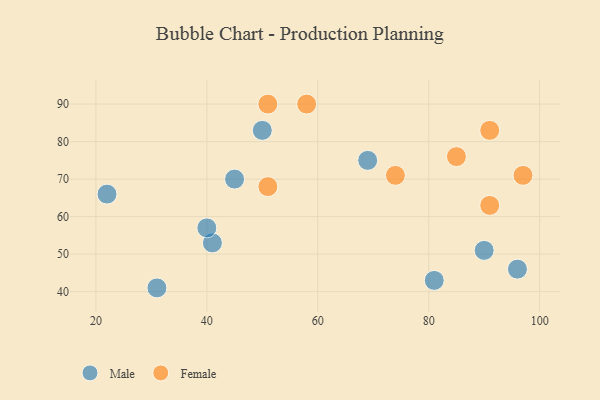
{"axis": {"x": "GDP", "y": "Life Expectancy"}, "legend": ["Female", "Male"], "data": [{"x": "96", "y": 46, "type": "Male"}, {"x": "31", "y": 41, "type": "Male"}, {"x": "45", "y": 70, "type": "Male"}, {"x": "81", "y": 43, "type": "Male"}, {"x": "41", "y": 53, "type": "Male"}, {"x": "40", "y": 57, "type": "Male"}, {"x": "50", "y": 83, "type": "Male"}, {"x": "90", "y": 51, "type": "Male"}, {"x": "69", "y": 75, "type": "Male"}, {"x": "22", "y": 66, "type": "Male"}, {"x": "85", "y": 76, "type": "Female"}, {"x": "91", "y": 63, "type": "Female"}, {"x": "51", "y": 68, "type": "Female"}, {"x": "58", "y": 90, "type": "Female"}, {"x": "91", "y": 83, "type": "Female"}, {"x": "74", "y": 71, "type": "Female"}, {"x": "97", "y": 71, "type": "Female"}, {"x": "51", "y": 90, "type": "Female"}]}